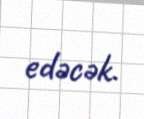
edəcək.